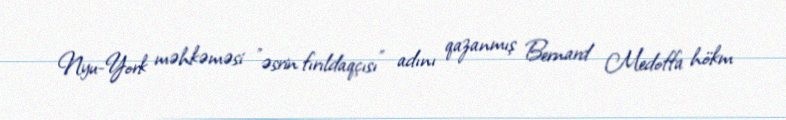
Nyu-York məhkəməsi "əsrin fırıldaqçısı" adını qazanmış Bernard Medoffa hökm